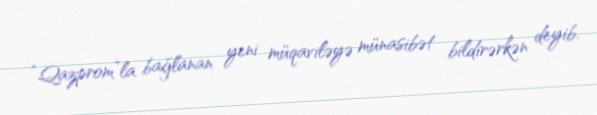
“Qazprom”la bağlanan yeni müqaviləyə münasibət bildirərkən deyib.